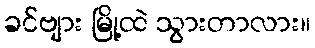
ခင်ဗျား မြို့ထဲ သွားတာလား။